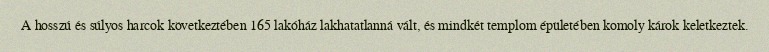
A hosszú és súlyos harcok következtében 165 lakóház lakhatatlanná vált, és mindkét templom épületében komoly károk keletkeztek.